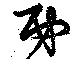
第